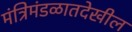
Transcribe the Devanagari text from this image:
मंत्रिमंडळातदेखील